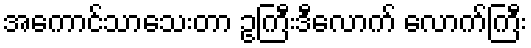
အကောင်သာသေးတာ ဥကြီးဒီလောက် လောက်ကြီး